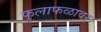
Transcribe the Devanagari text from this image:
फुलाफळावर